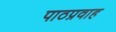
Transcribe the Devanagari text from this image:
पाठप्रवाह